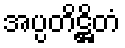
အပ္ပတိဋ္ဌိတံ